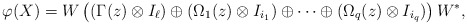
\begin{align*}\varphi(X)=W\left((\Gamma(z)\otimes I_\ell)\oplus(\Omega_1(z)\otimes I_{i_1})\oplus\cdots\oplus(\Omega_q(z)\otimes I_{i_q})\right)W^*,\end{align*}